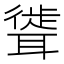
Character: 𫆎